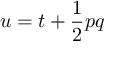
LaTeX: u = t + { \frac { 1 } { 2 } } p q